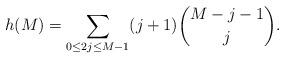
LaTeX: \begin{align*} h(M)=\sum_{0\leq 2j\leq M-1}(j+1)\binom{M-j-1}j. \end{align*}